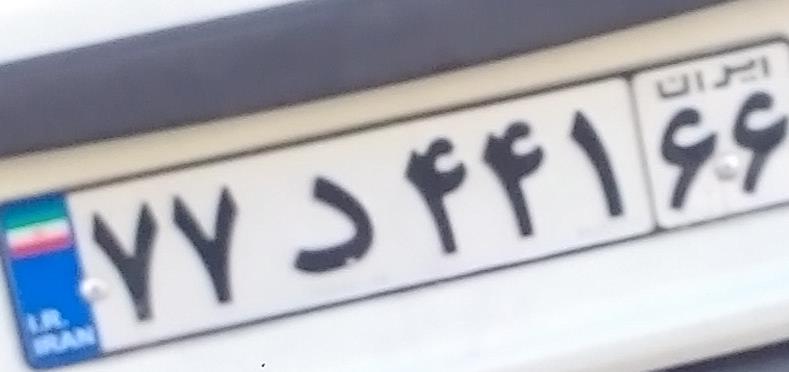
۷۷د۴۴۱۶۶